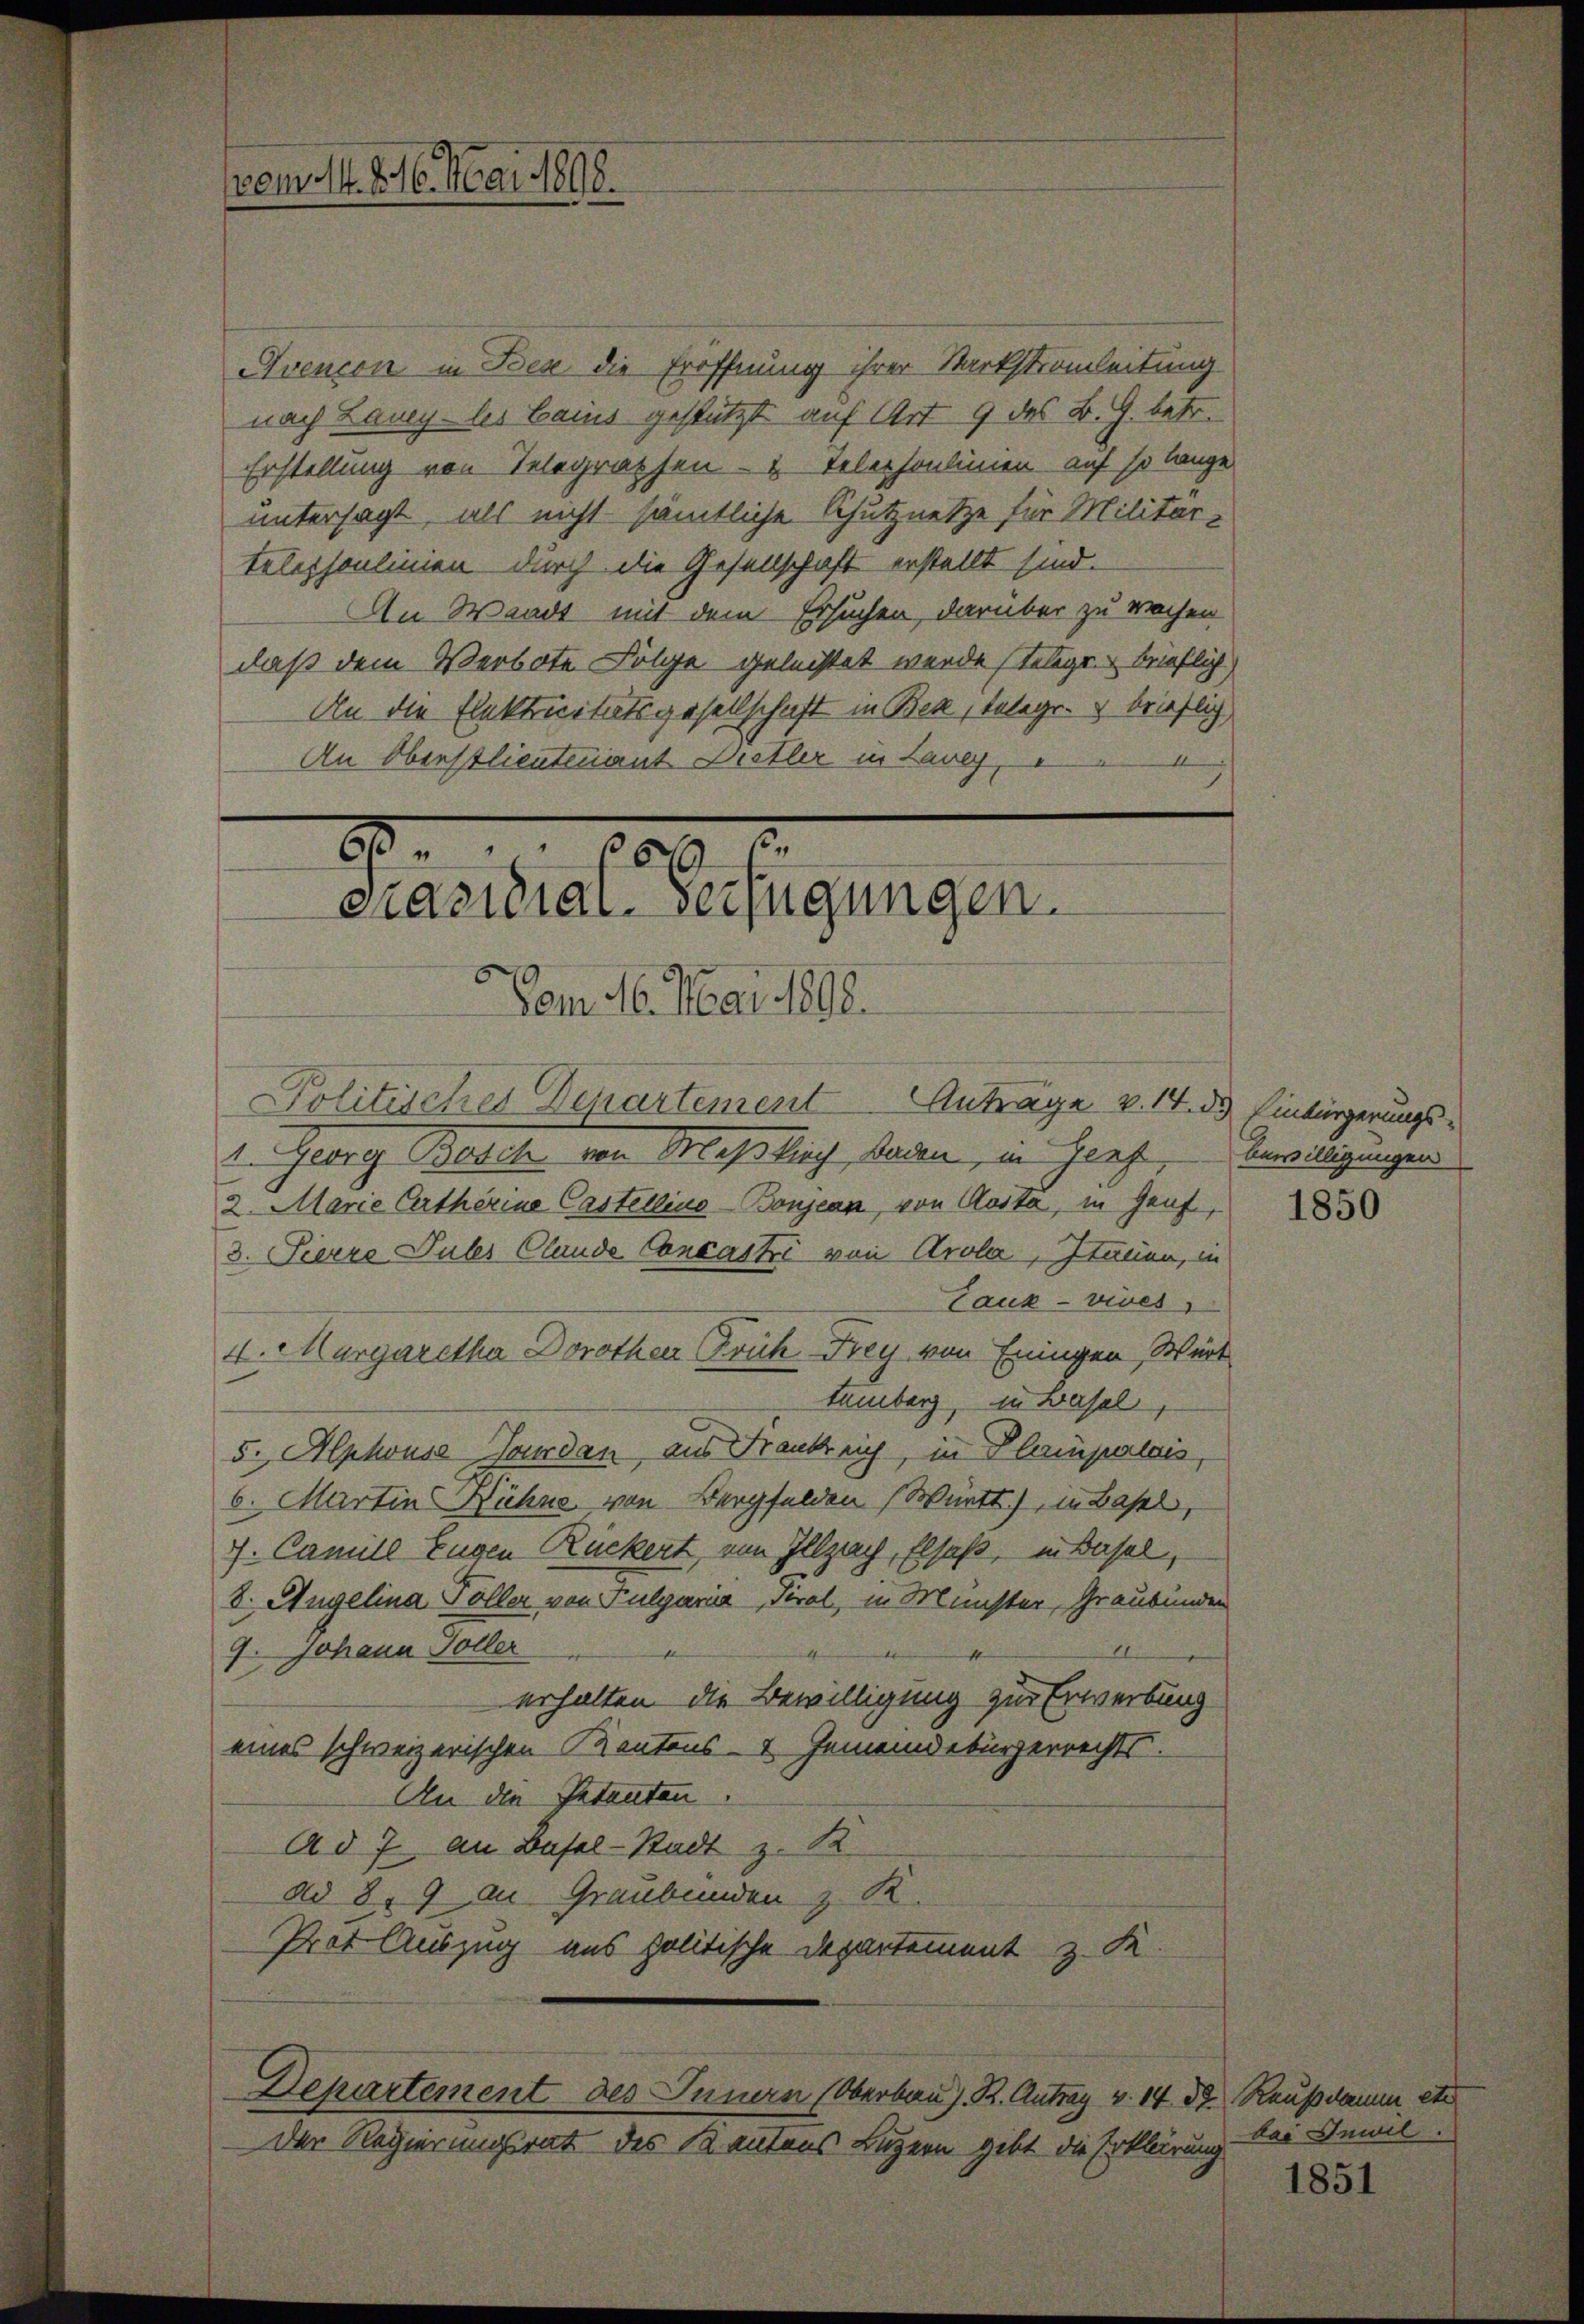
(vom 14. 216. Mai 1898.

Avencon in Bex die Eröffnung ihrer Starkstromleitung
nach Lauey- les Cains gestützt auf Art. 9 des B. G. betr.
Erstellung von Telegraphen- & Telephonlinien auf so lange
untersagt, als nicht sämmtliche Schutz netze für Militar-
telephonlinien durch die Gesellschaft erstellt sind.
An Waadt mit dem Ersuchen, darüber zu wachen
daß dem Verbote Folge geleistet werde stelige brieflich
An die Elektricitätsgesellschaft in Bek, telegr. brieflich
A
An Oberstlieutenant Distler in Lavey,
8 000
präsidial. verfügungen.

1. Georg Basch von Klaßlich, salten, in Genf, Bewilligungen
2. Marie Certherine Castellino-Bonjean, von Kosta, in Genf,
3. Pierre Dules Claude Concastri von Arola, Itauen, in
Lauk-vives
4. Margaretha Dorother Früh Frey von Eningen Wert
tumberg, in Basel
5. Alphouse Jourdan, aus Frankreich, in Plampalais,
6. Martin Hühne von Bergfelden Württ.), in Basel,
7. Camill Eugen Rückert von Illzach, Elsaß, in Basel,
8. Augelina Voller von Fulgaria Tirol, in Münster, Graubünden
.
e
9. Johann Goller
4
erhalten die Bewilligung zur Erwerbung
eines schweizerischen Kantons- & Gemeindebürgerrechts-
An die Petenten.
Ad 7. an Basel-Stadt z. K
ad 8. 9 an Graubünden z. K
Prot Auszug aus politische Departement z. K.

Vom 16. Mai 1898.
Politisches Departement Anträge v. 14. d. Einbürgerungs-

Der Regierungsrat des Kantons Luzern gibt die Erklärung

Departement des Innern (Oberbau d. R. Antrag v. 14. 33 Raußdame, etc

1850

bai Inwil.

1851